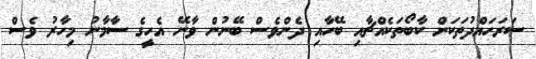
ސަރަހައްދުތަކަށް ކާބޯތަކެއްޗާއި ބޭހާއި ދެންވެސް ބޭނުން ވާނޭ އެހީގެ ސާމާނު މިހާރު ވެސް